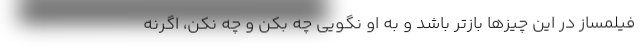
فیلمساز در این چیزها بازتر باشد و به او نگویی چه بکن و چه نکن، اگرنه